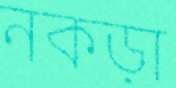
নকড়া